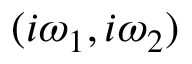
( i \omega _ { 1 } , i \omega _ { 2 } )